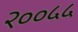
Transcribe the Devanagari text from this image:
२००५५